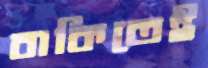
বাকিতেই